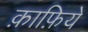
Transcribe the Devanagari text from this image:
क़ाफ़िये